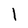
Character: l